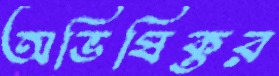
অভিষিক্তর